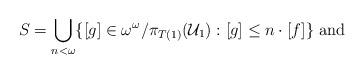
LaTeX: \begin{align*}S = \bigcup_{n<\omega} \{ [g] \in \omega^{\omega}/\pi_{T(1)}(\mathcal{U}_{1}): [g]\le n\cdot[f]\} \mbox{ and }\end{align*}